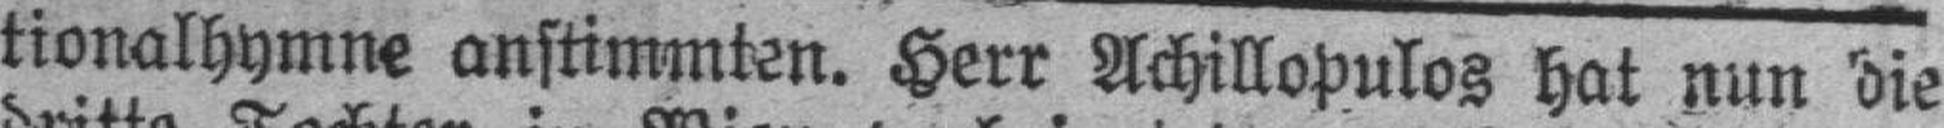
tionalhymne anstimmten. Herr Achillopulos hat nun die